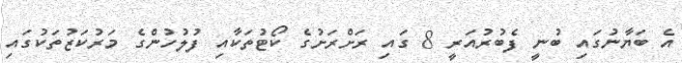
އެ ބަޔާނުގައި ބުނީ ފެބުރުއަރީ 8 ގައި ރަށްރަށުގެ ކޯޓުތަކާއި ފުލުހުންގެ މަރުކަޒުތަކުގައި